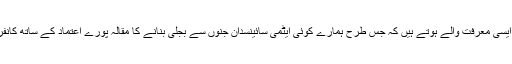
ہمارے کئی اصحاب علم ایسی معرفت والے ہوتے ہیں کہ جس طرح ہمارے کوئی ایٹمی سائینسدان جنوں سے بجلی بنانے کا مقالہ پورے اعتماد کے ساتھ کانفرنس میں پیش کرتے ہیں۔